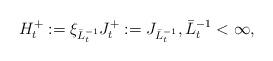
LaTeX: \begin{align*}H^+_t : = \xi_{\bar{L}^{-1}_t} J^+_t : = J_{\bar{L}^{-1}_t}, \bar{L}^{-1}_t<\infty,\end{align*}